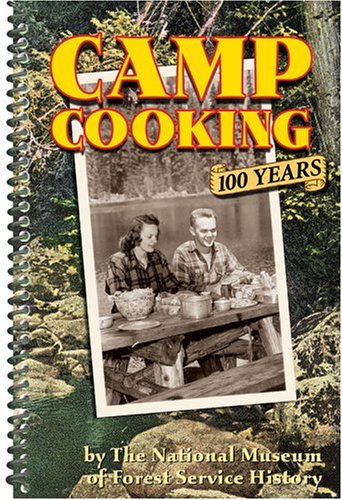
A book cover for Camp Cooking: 100 Years; National Museum Of Forest Service History; Cookbooks, Food & Wine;